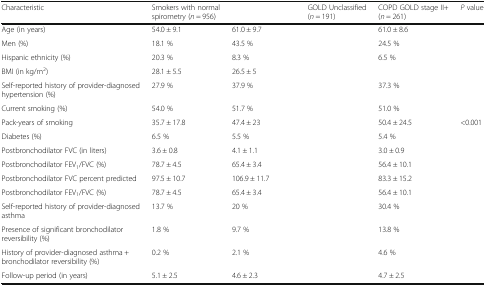
<table><thead><tr><td><b>Characteristic</b></td><td><b>Smokers with normal spirometry (<i>n</i> = 956)</b></td><td>[EMPTY_CELL]</td><td><b>GOLD Unclassified (<i>n</i> = 191)</b></td><td><b>COPD GOLD stage II+ (<i>n</i> = 261)</b></td><td><b><i>P</i> value</b></td></tr></thead><tbody><tr><td>Age (in years)</td><td>54.0 ± 9.1</td><td>61.0 ± 9.7</td><td>[EMPTY_CELL]</td><td>61.0 ± 8.6</td><td>[EMPTY_CELL]</td></tr><tr><td>Men (%)</td><td>18.1 %</td><td>43.5 %</td><td>[EMPTY_CELL]</td><td>24.5 %</td><td>[EMPTY_CELL]</td></tr><tr><td>Hispanic ethnicity (%)</td><td>20.3 %</td><td>8.3 %</td><td>[EMPTY_CELL]</td><td>6.5 %</td><td>[EMPTY_CELL]</td></tr><tr><td>BMI (in kg/m<sup>2</sup>)</td><td>28.1 ± 5.5</td><td>26.5 ± 5</td><td>[EMPTY_CELL]</td><td>[EMPTY_CELL]</td><td>[EMPTY_CELL]</td></tr><tr><td>Self-reported history of provider-diagnosed hypertension (%)</td><td>27.9 %</td><td>37.9 %</td><td>[EMPTY_CELL]</td><td>37.3 %</td><td>[EMPTY_CELL]</td></tr><tr><td>Current smoking (%)</td><td>54.0 %</td><td>51.7 %</td><td>[EMPTY_CELL]</td><td>51.0 %</td><td>[EMPTY_CELL]</td></tr><tr><td>Pack-years of smoking</td><td>35.7 ± 17.8</td><td>47.4 ± 23</td><td>[EMPTY_CELL]</td><td>50.4 ± 24.5</td><td>&lt;0.001</td></tr><tr><td>Diabetes (%)</td><td>6.5 %</td><td>5.5 %</td><td>[EMPTY_CELL]</td><td>5.4 %</td><td>[EMPTY_CELL]</td></tr><tr><td>Postbronchodilator FVC (in liters)</td><td>3.6 ± 0.8</td><td>4.1 ± 1.1</td><td>[EMPTY_CELL]</td><td>3.0 ± 0.9</td><td>[EMPTY_CELL]</td></tr><tr><td>Postbronchodilator FEV<sub>1</sub>/FVC (%)</td><td>78.7 ± 4.5</td><td>65.4 ± 3.4</td><td>[EMPTY_CELL]</td><td>56.4 ± 10.1</td><td>[EMPTY_CELL]</td></tr><tr><td>Postbronchodilator FVC percent predicted</td><td>97.5 ± 10.7</td><td>106.9 ± 11.7</td><td>[EMPTY_CELL]</td><td>83.3 ± 15.2</td><td>[EMPTY_CELL]</td></tr><tr><td>Postbronchodilator FEV<sub>1</sub>/FVC (%)</td><td>78.7 ± 4.5</td><td>65.4 ± 3.4</td><td>[EMPTY_CELL]</td><td>56.4 ± 10.1</td><td>[EMPTY_CELL]</td></tr><tr><td>Self-reported history of provider-diagnosed asthma</td><td>13.7 %</td><td>20 %</td><td>[EMPTY_CELL]</td><td>30.4 %</td><td>[EMPTY_CELL]</td></tr><tr><td>Presence of significant bronchodilator reversibility (%)</td><td>1.8 %</td><td>9.7 %</td><td>[EMPTY_CELL]</td><td>13.8 %</td><td>[EMPTY_CELL]</td></tr><tr><td>History of provider-diagnosed asthma + bronchodilator reversibility (%)</td><td>0.2 %</td><td>2.1 %</td><td>[EMPTY_CELL]</td><td>4.6 %</td><td>[EMPTY_CELL]</td></tr><tr><td>Follow-up period (in years)</td><td>5.1 ± 2.5</td><td>4.6 ± 2.3</td><td>[EMPTY_CELL]</td><td>4.7 ± 2.5</td><td>[EMPTY_CELL]</td></tr></tbody></table>